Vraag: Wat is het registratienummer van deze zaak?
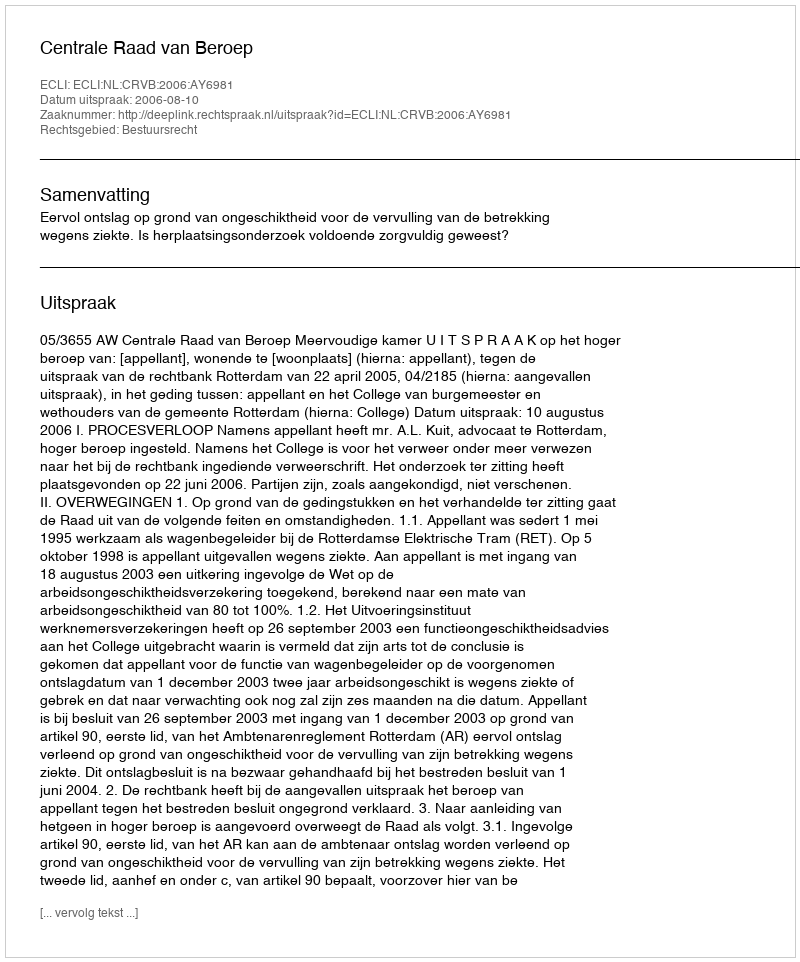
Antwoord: http://deeplink.rechtspraak.nl/uitspraak?id=ECLI:NL:CRVB:2006:AY6981